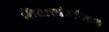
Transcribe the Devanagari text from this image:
शिलास्तंभांवरुन